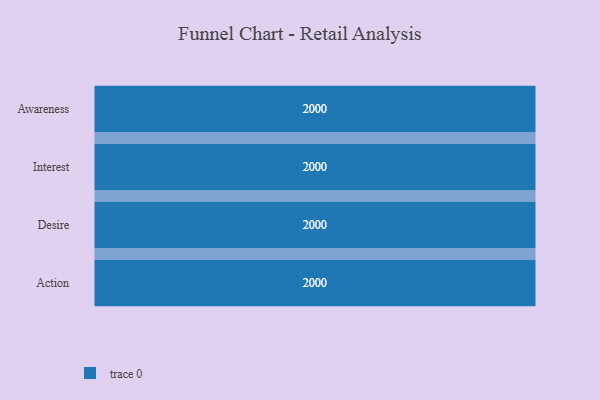
{"axis": {"x": "Stage", "y": "Value"}, "legend": [""], "data": [{"x": "Awareness", "y": 2000, "type": ""}, {"x": "Interest", "y": 2000, "type": ""}, {"x": "Desire", "y": 2000, "type": ""}, {"x": "Action", "y": 2000, "type": ""}]}